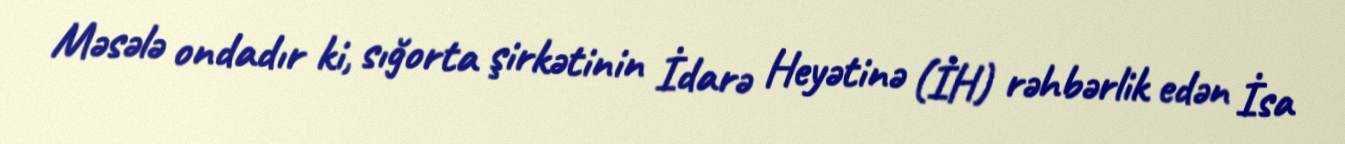
Məsələ ondadır ki, sığorta şirkətinin İdarə Heyətinə (İH) rəhbərlik edən İsa